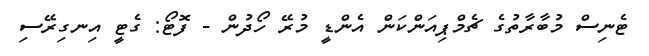
ޓެނިސް މުބާރާތުގެ ޗެމްޕިއަންކަން އެންޑީ މުރޭ ހޯދުން - ފޮޓޯ: ގެޓީ އިނގިރޭސި